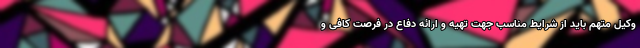
وکیل متهم باید از شرایط مناسب جهت تهیه و ارائه دفاع در فرصت کافی و